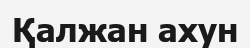
Қалжан ахун